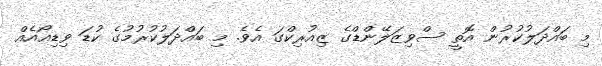
މި ބައްދަލުކުރުން އޮތީ ސްވިޒަލޭންޑްގެ ޒިއުރިކްގަ އެވެ. މި ބައްދަލުކުރުމުގެ ކުޑަ ވިޑިއޯއެެއް